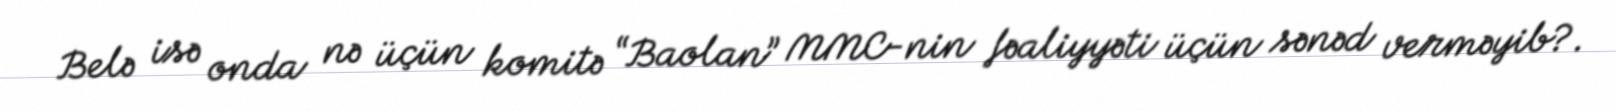
Belə isə onda nə üçün komitə “Baolan” MMC-nin fəaliyyəti üçün sənəd verməyib?.